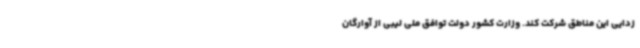
زدایی این مناطق شرکت کند. وزارت کشور دولت توافق ملی لیبی از آوارگان